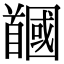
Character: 𩠲